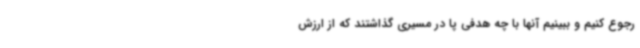
رجوع کنیم و ببینیم آنها با چه هدفی پا در مسیری گذاشتند که از ارزش